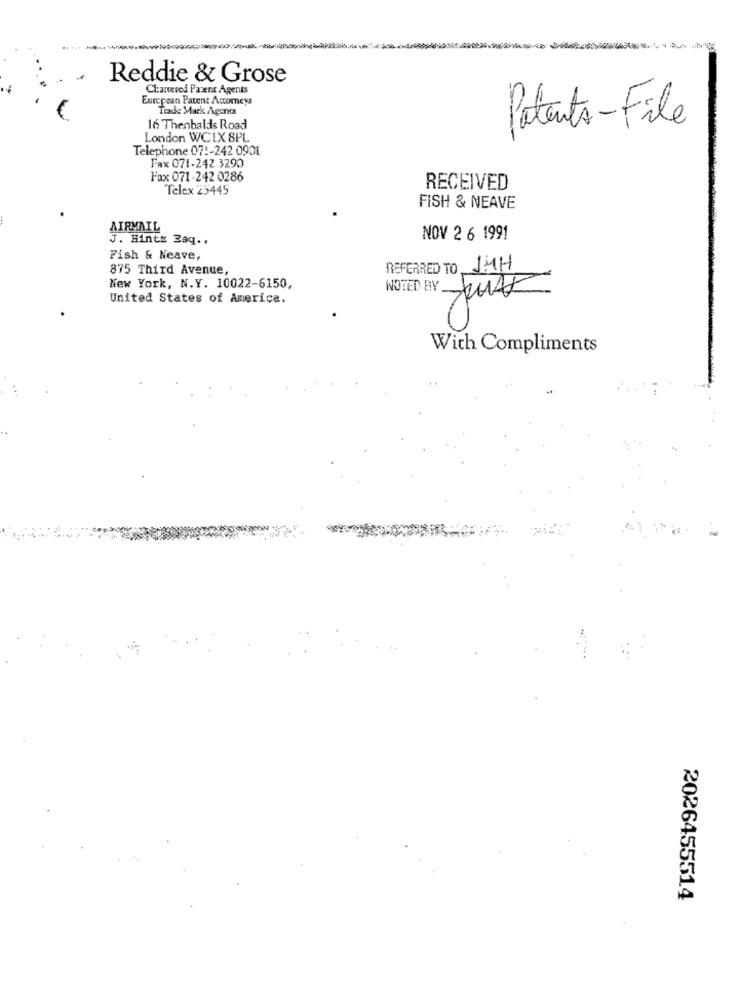
Reddie & Grose
Chanceved Parent Agents
European Patent Acomeys
Trade Mark Agents
16 Thenbalds Road
Patents-File
London WC1X 8PL
Telephone 071-242 0901
Fax 071-242 3290
Fax 071-242 0286
Telex 25445
RECEIVED
FISH & NEAVE
AIRMAIL
J. Hintz Zaq .,
NOV 2 6 1991
Fish & Neave,
875 Third Avenue,
REFERRED TO JMH
New York, N.Y. 10022-6150,
NOTED BY
United States of America.
With Compliments
2026455514